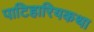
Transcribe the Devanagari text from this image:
पाटिहारियकथा